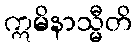
ဣမိနာသ္မီတိ